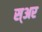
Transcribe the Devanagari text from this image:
स्अर